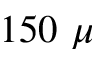
1 5 0 ~ \mu